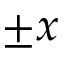
\pm x